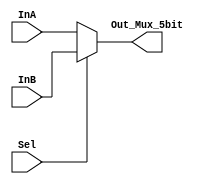
// MUX2to1_5bit
module MUX2to1_5bit(Out_Mux_5bit, InA, InB, Sel);
	parameter n = 5;
	input [(n - 1):0] InA, InB;
	input Sel;
	output [(n - 1):0] Out_Mux_5bit;
	
	assign Out_Mux_5bit = Sel ? InB : InA;
	
endmodule